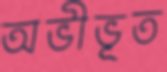
অভীভূত